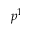
p ^ { 1 }